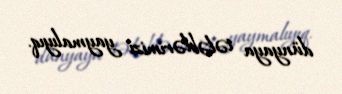
dünyaya tələblərimizi yaymalıyıq.